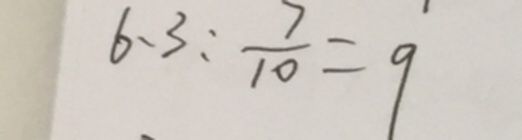
6 、 3 : \frac { 7 } { 1 0 } = 9